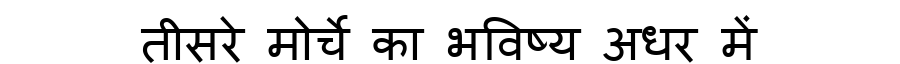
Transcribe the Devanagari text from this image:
तीसरे मोर्चे का भविष्य अधर में